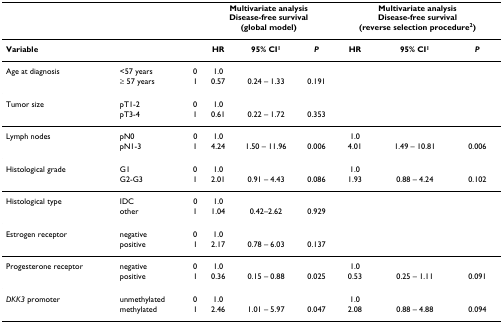
<table><thead><tr><td></td><td></td><td></td><td colspan="3"><b>Multivariate analysisDisease-free survival(global model)</b></td><td colspan="3"><b>Multivariate analysisDisease-free survival(reverse selection procedure<sup>2</sup>)</b></td></tr></thead><tbody><tr><td colspan="3"><b>Variable</b></td><td><b>HR</b></td><td><b>95% CI<sup>1</sup></b></td><td><b><i>P</i></b></td><td><b>HR</b></td><td><b>95% CI<sup>1</sup></b></td><td><b><i>P</i></b></td></tr><tr><td>Age at diagnosis</td><td>&lt;57 years</td><td>0</td><td>1.0</td><td></td><td></td><td></td><td></td><td></td></tr><tr><td></td><td>≥ 57 years</td><td>1</td><td>0.57</td><td>0.24 – 1.33</td><td>0.191</td><td></td><td></td><td></td></tr><tr><td>Tumor size</td><td>pT1-2</td><td>0</td><td>1.0</td><td></td><td></td><td></td><td></td><td></td></tr><tr><td></td><td>pT3-4</td><td>1</td><td>0.61</td><td>0.22 – 1.72</td><td>0.353</td><td></td><td></td><td></td></tr><tr><td>Lymph nodes</td><td>pN0</td><td>0</td><td>1.0</td><td></td><td></td><td>1.0</td><td></td><td></td></tr><tr><td></td><td>pN1-3</td><td>1</td><td>4.24</td><td>1.50 – 11.96</td><td>0.006</td><td>4.01</td><td>1.49 – 10.81</td><td>0.006</td></tr><tr><td>Histological grade</td><td>G1</td><td>0</td><td>1.0</td><td></td><td></td><td>1.0</td><td></td><td></td></tr><tr><td></td><td>G2-G3</td><td>1</td><td>2.01</td><td>0.91 – 4.43</td><td>0.086</td><td>1.93</td><td>0.88 – 4.24</td><td>0.102</td></tr><tr><td>Histological type</td><td>IDC</td><td>0</td><td>1.0</td><td></td><td></td><td></td><td></td><td></td></tr><tr><td></td><td>other</td><td>1</td><td>1.04</td><td>0.42–2.62</td><td>0.929</td><td></td><td></td><td></td></tr><tr><td>Estrogen receptor</td><td>negative</td><td>0</td><td>1.0</td><td></td><td></td><td></td><td></td><td></td></tr><tr><td></td><td>positive</td><td>1</td><td>2.17</td><td>0.78 – 6.03</td><td>0.137</td><td></td><td></td><td></td></tr><tr><td>Progesterone receptor</td><td>negative</td><td>0</td><td>1.0</td><td></td><td></td><td>1.0</td><td></td><td></td></tr><tr><td></td><td>positive</td><td>1</td><td>0.36</td><td>0.15 – 0.88</td><td>0.025</td><td>0.53</td><td>0.25 – 1.11</td><td>0.091</td></tr><tr><td><i>DKK3 </i>promoter</td><td>unmethylated</td><td>0</td><td>1.0</td><td></td><td></td><td>1.0</td><td></td><td></td></tr><tr><td></td><td>methylated</td><td>1</td><td>2.46</td><td>1.01 – 5.97</td><td>0.047</td><td>2.08</td><td>0.88 – 4.88</td><td>0.094</td></tr></tbody></table>